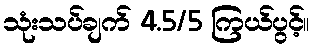
သုံးသပ်ချက် 4.5/5 ကြယ်ပွင့်။